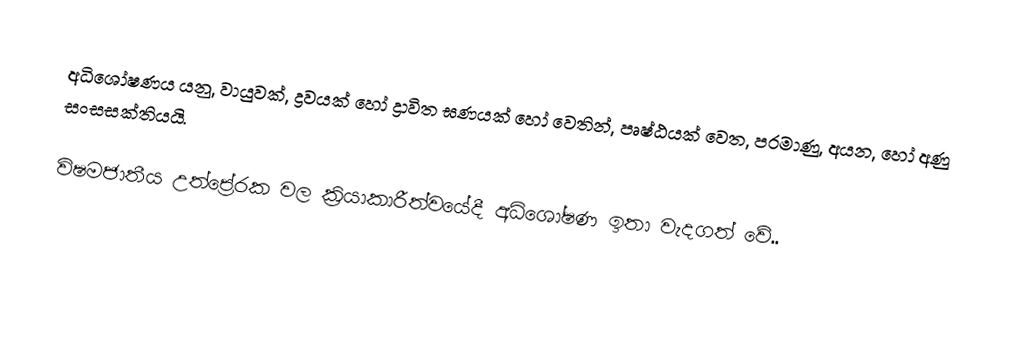
අධිශෝෂණය  යනු, වායුවක්, ද්‍රවයක් හෝ ද්‍රාවිත ඝණයක් හෝ වෙතින්,   පෘෂ්ඨයක් වෙත, පරමාණු, අයන, හෝ අණු  සංසසක්තියයි.

විෂමජාතීය උත්ප්‍රේරක වල ක්‍රියාකාරීත්වයේදී අධිශෝෂණ ඉතා වැදගත් වේ..